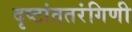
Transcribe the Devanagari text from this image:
दृष्टांततरंगिणी